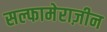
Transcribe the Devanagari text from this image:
सल्फामेराज़ीन